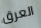
العرق